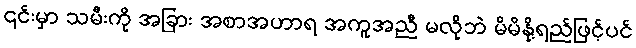
၎င်းမှာ သမီးကို အခြား အစာအဟာရ အကူအညီ မလိုဘဲ မိမိနို့ရည်ဖြင့်ပင်